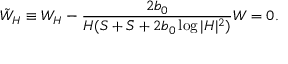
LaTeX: \tilde { W } _ { H } \equiv W _ { H } - \frac { 2 b _ { 0 } } { H ( S + \bar { S } + 2 b _ { 0 } \log | H | ^ { 2 } ) } W = 0 .